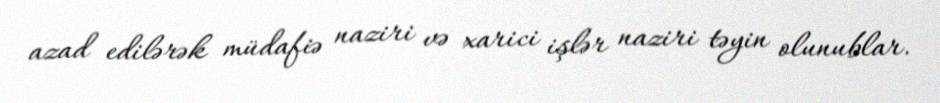
azad edilərək müdafiə naziri və xarici işlər naziri təyin olunublar.